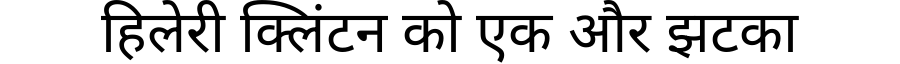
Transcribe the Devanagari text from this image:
हिलेरी क्लिंटन को एक और झटका